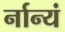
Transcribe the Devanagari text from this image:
र्नान्यं